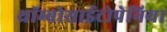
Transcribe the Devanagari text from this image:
थ्रॉम्बोसाईटोपेनिया